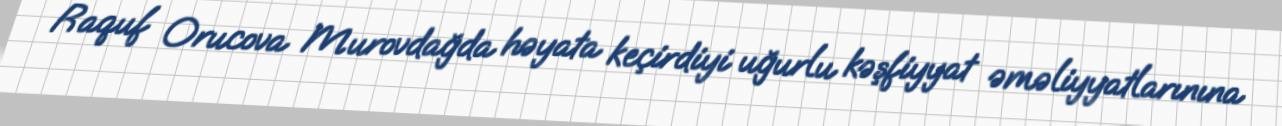
Raquf Orucova Murovdağda həyata keçirdiyi uğurlu kəşfiyyat əməliyyatlarınına